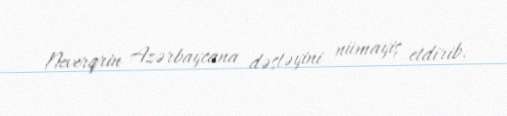
Neverqrin Azərbaycana dəstəyini nümayiş etdirib.